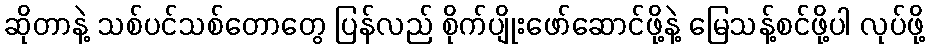
ဆိုတာနဲ့ သစ်ပင်သစ်တောတွေ ပြန်လည် စိုက်ပျိုးဖော်ဆောင်ဖို့နဲ့ မြေသန့်စင်ဖို့ပါ လုပ်ဖို့